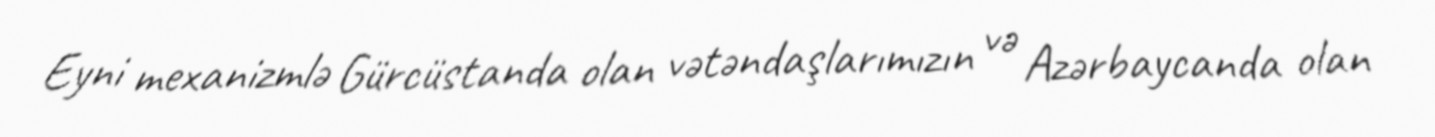
Eyni mexanizmlə Gürcüstanda olan vətəndaşlarımızın və Azərbaycanda olan